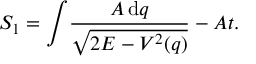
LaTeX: S _ { 1 } = \int \! \frac { A \, \mathrm { d } q } { \sqrt { 2 E - V ^ { 2 } ( q ) } } - A t .